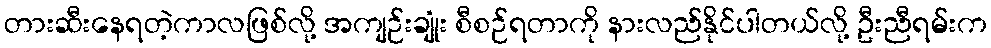
တားဆီးနေရတဲ့ကာလဖြစ်လို့ အကျဉ်းချုံး စီစဉ်ရတာကို နားလည်နိုင်ပါတယ်လို့ ဦးညီရမ်းက